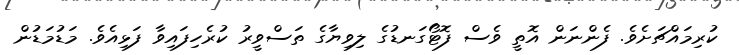
ކުރިމައްޗަށެވެ. ފެންނަން އޮތީ ވެސް ފޮޓޯގަނޑުގެ ލިވިޔާގެ ތަސްވީރު ކުރެހިފައިވާ ފަޅިއެވެ. މަޑުމަޑުން